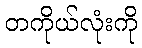
တကိုယ်လုံးကို